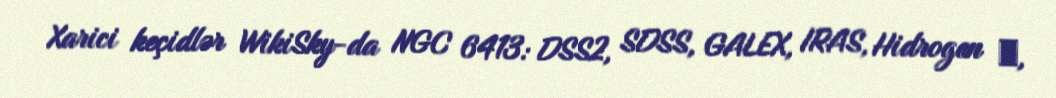
Xarici keçidlər WikiSky-da NGC 6413: DSS2, SDSS, GALEX, IRAS, Hidrogen α,